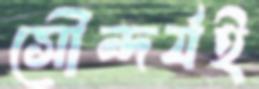
সৌন্দর্যই